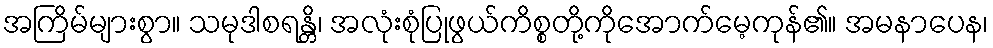
အကြိမ်များစွာ။ သမုဒါစရန္တိ၊ အလုံးစုံပြုဖွယ်ကိစ္စတို့ကိုအောက်မေ့ကုန်၏။ အမနာပေန၊